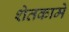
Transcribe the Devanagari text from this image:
शेतकामे